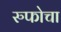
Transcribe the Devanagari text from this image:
रुफोचा